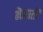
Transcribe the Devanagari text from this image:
मेंजाती